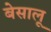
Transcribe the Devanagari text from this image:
बेसालू